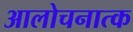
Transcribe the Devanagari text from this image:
आलोचनात्क